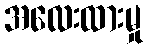
အလေးထားမှု